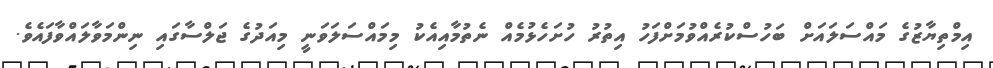
އިމްތިޔާޒުގެ މައްސަލައަށް ބަހުސްކުރެއްވުމަށްފަހު އިތުރު ހުށަހެޅުމެއް ނެތުމާއިއެކު މިމައްސަލަވަނީ މިއަދުގެ ޖަލްސާގައި ނިންމަވާލައްވާފައެވެ.